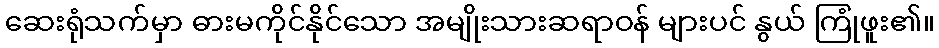
ဆေးရုံသက်မှာ ဓားမကိုင်နိုင်သော အမျိုးသားဆရာဝန် များပင် နွယ် ကြုံဖူး၏။